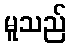
မူသည်